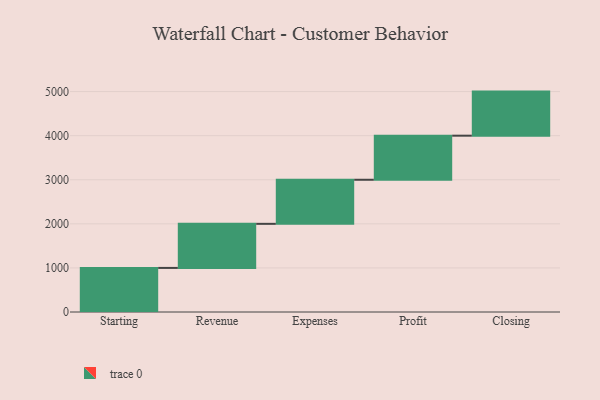
{"axis": {"x": "Step", "y": "Value"}, "legend": [""], "data": [{"x": "Starting", "y": 1000, "type": ""}, {"x": "Revenue", "y": 1000, "type": ""}, {"x": "Expenses", "y": 1000, "type": ""}, {"x": "Profit", "y": 1000, "type": ""}, {"x": "Closing", "y": 1000, "type": ""}]}